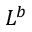
L ^ { b }